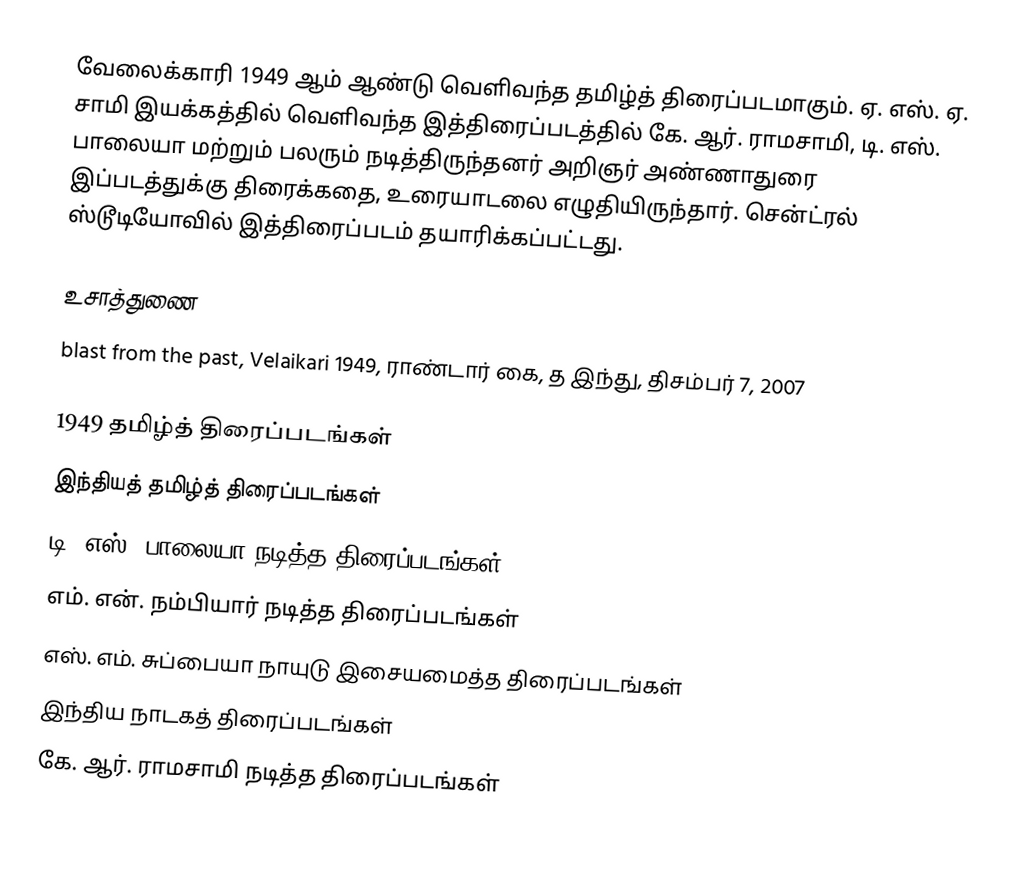
வேலைக்காரி 1949 ஆம் ஆண்டு வெளிவந்த தமிழ்த் திரைப்படமாகும். ஏ. எஸ். ஏ. சாமி இயக்கத்தில் வெளிவந்த இத்திரைப்படத்தில் கே. ஆர். ராமசாமி, டி. எஸ். பாலையா மற்றும் பலரும் நடித்திருந்தனர் அறிஞர் அண்ணாதுரை இப்படத்துக்கு திரைக்கதை, உரையாடலை எழுதியிருந்தார். சென்ட்ரல் ஸ்டூடியோவில் இத்திரைப்படம் தயாரிக்கப்பட்டது.

உசாத்துணை
blast from the past, Velaikari 1949, ராண்டார் கை, த இந்து, திசம்பர் 7, 2007

1949 தமிழ்த் திரைப்படங்கள்
இந்தியத் தமிழ்த் திரைப்படங்கள்
டி. எஸ். பாலையா நடித்த திரைப்படங்கள்
எம். என். நம்பியார் நடித்த திரைப்படங்கள்
எஸ். எம். சுப்பையா நாயுடு இசையமைத்த திரைப்படங்கள்
இந்திய நாடகத் திரைப்படங்கள்
கே. ஆர். ராமசாமி நடித்த திரைப்படங்கள்